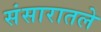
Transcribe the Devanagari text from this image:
संसारातले